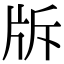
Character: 𤖴